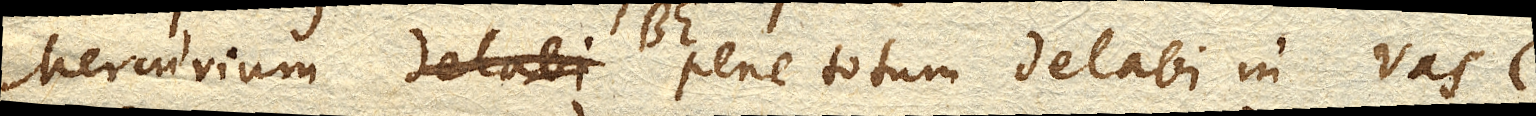
Mercurium BE. pene totum delabi in vas C.